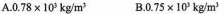
A.0.78×10^{3}kg/m^{3}B.0.75×10^{3}kg/m^{3}